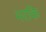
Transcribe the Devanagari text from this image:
मरकि